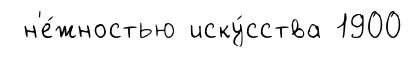
н'е́жностью иску́сства 1900